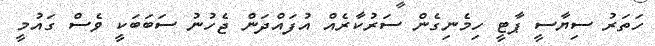
ހަތަރު ސިޔާސީ ޕާޓީ ހިމެނިގެން ސަރުކާރެއް އުފައްދަން ޖެހުނު ސަބަބަކީ ވެސް ގައުމީ